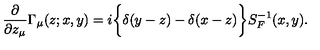
{ \frac { \partial } { \partial z _ { \mu } } } \Gamma _ { \mu } ( z ; x , y ) = i \bigg \lbrace \delta ( y - z ) - \delta ( x - z ) \bigg \rbrace S _ { F } ^ { - 1 } ( x , y ) .